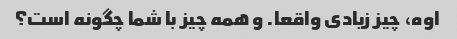
اوه، چیز زیادی واقعا. و همه چیز با شما چگونه است؟